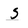
Character: s